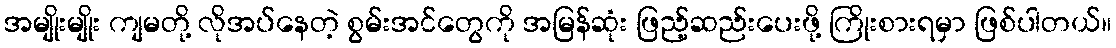
အမျိုးမျိုး ကျမတို့ လိုအပ်နေတဲ့ စွမ်းအင်တွေကို အမြန်ဆုံး ဖြည့်ဆည်းပေးဖို့ ကြိုးစားရမှာ ဖြစ်ပါတယ်။